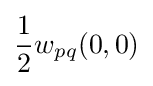
{\frac {1}{2}}w_{pq}(0,0)